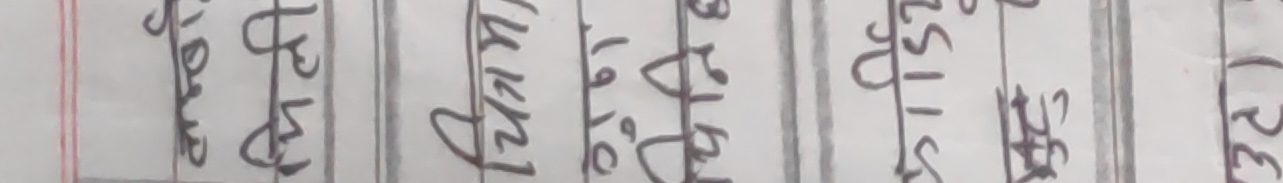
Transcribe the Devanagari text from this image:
वर्षको जम्मा आय रु. १४३०१९ लाई रु. २५ ले